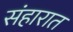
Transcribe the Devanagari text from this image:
संहारात